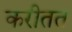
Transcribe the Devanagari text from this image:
करीतत